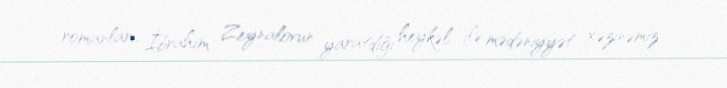
romanları, İbrahim Zeynalovun yaratdığı heykəl ilə mədəniyyət xəzinəmiz